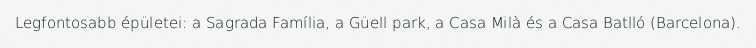
Legfontosabb épületei: a Sagrada Família, a Güell park, a Casa Milà és a Casa Batlló (Barcelona).